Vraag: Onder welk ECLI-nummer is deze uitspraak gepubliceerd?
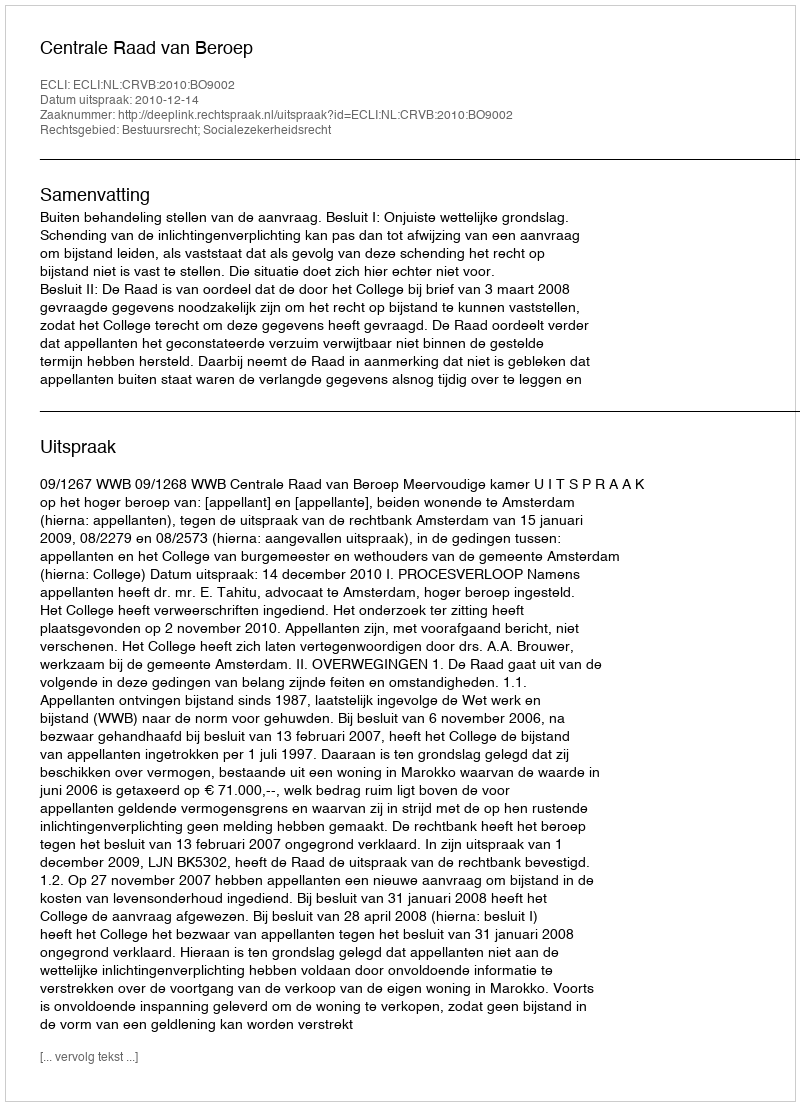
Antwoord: ECLI:NL:CRVB:2010:BO9002